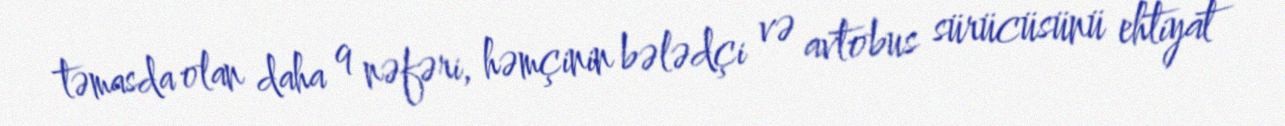
təmasda olan daha 9 nəfəri, həmçinin bələdçi və avtobus sürücüsünü ehtiyat